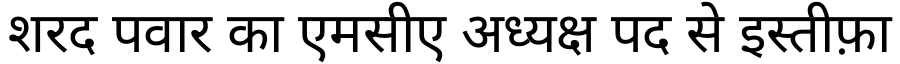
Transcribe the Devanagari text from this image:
शरद पवार का एमसीए अध्यक्ष पद से इस्तीफ़ा